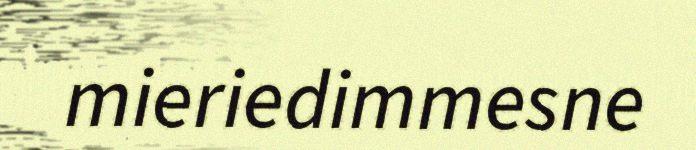
mieriedimmesne